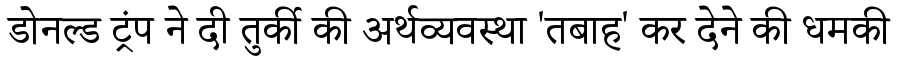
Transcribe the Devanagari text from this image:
डोनल्ड ट्रंप ने दी तुर्की की अर्थव्यवस्था 'तबाह' कर देने की धमकी